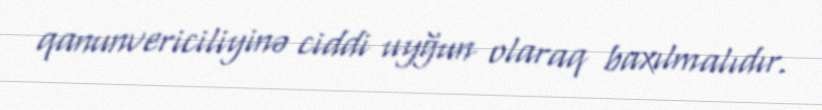
qanunvericiliyinə ciddi uyğun olaraq baxılmalıdır.